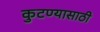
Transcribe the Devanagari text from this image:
कुटण्यासाठी